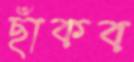
ছাঁকব